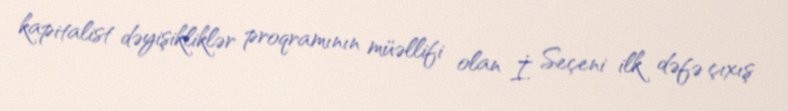
kapitalist dəyişikliklər proqramının müəllifi olan İ. Seçeni ilk dəfə çıxış